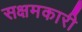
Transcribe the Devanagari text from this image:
सक्षमकारी